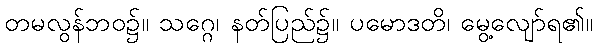
တမလွန်ဘဝ၌။ သဂ္ဂေ၊ နတ်ပြည်၌။ ပမောဒတိ၊ မွေ့လျော်ရ၏။